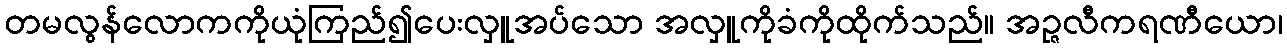
တမလွန်လောကကိုယုံကြည်၍ပေးလှူအပ်သော အလှူကိုခံကိုထိုက်သည်။ အဉ္ဇလီကရဏီယော၊